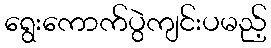
ရွေးကောက်ပွဲကျင်းပမည့်